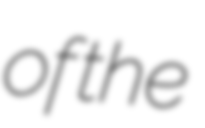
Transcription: of the